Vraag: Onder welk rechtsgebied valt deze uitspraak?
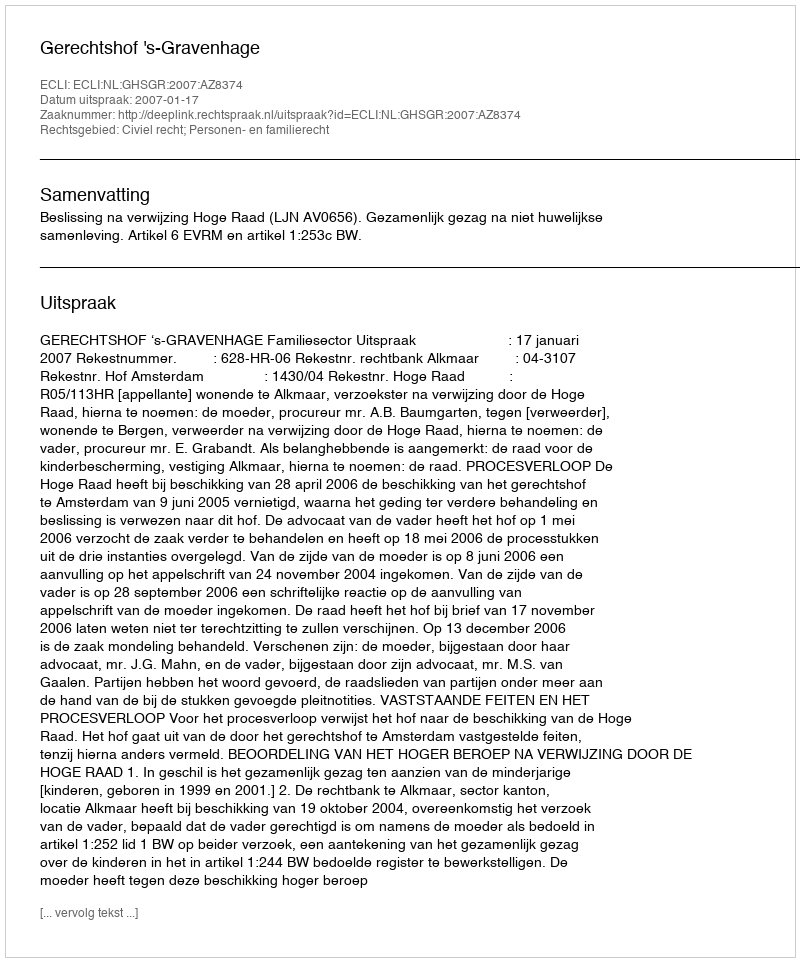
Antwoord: Civiel recht; Personen- en familierecht